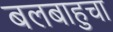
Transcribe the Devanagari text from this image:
बलबाहुचा